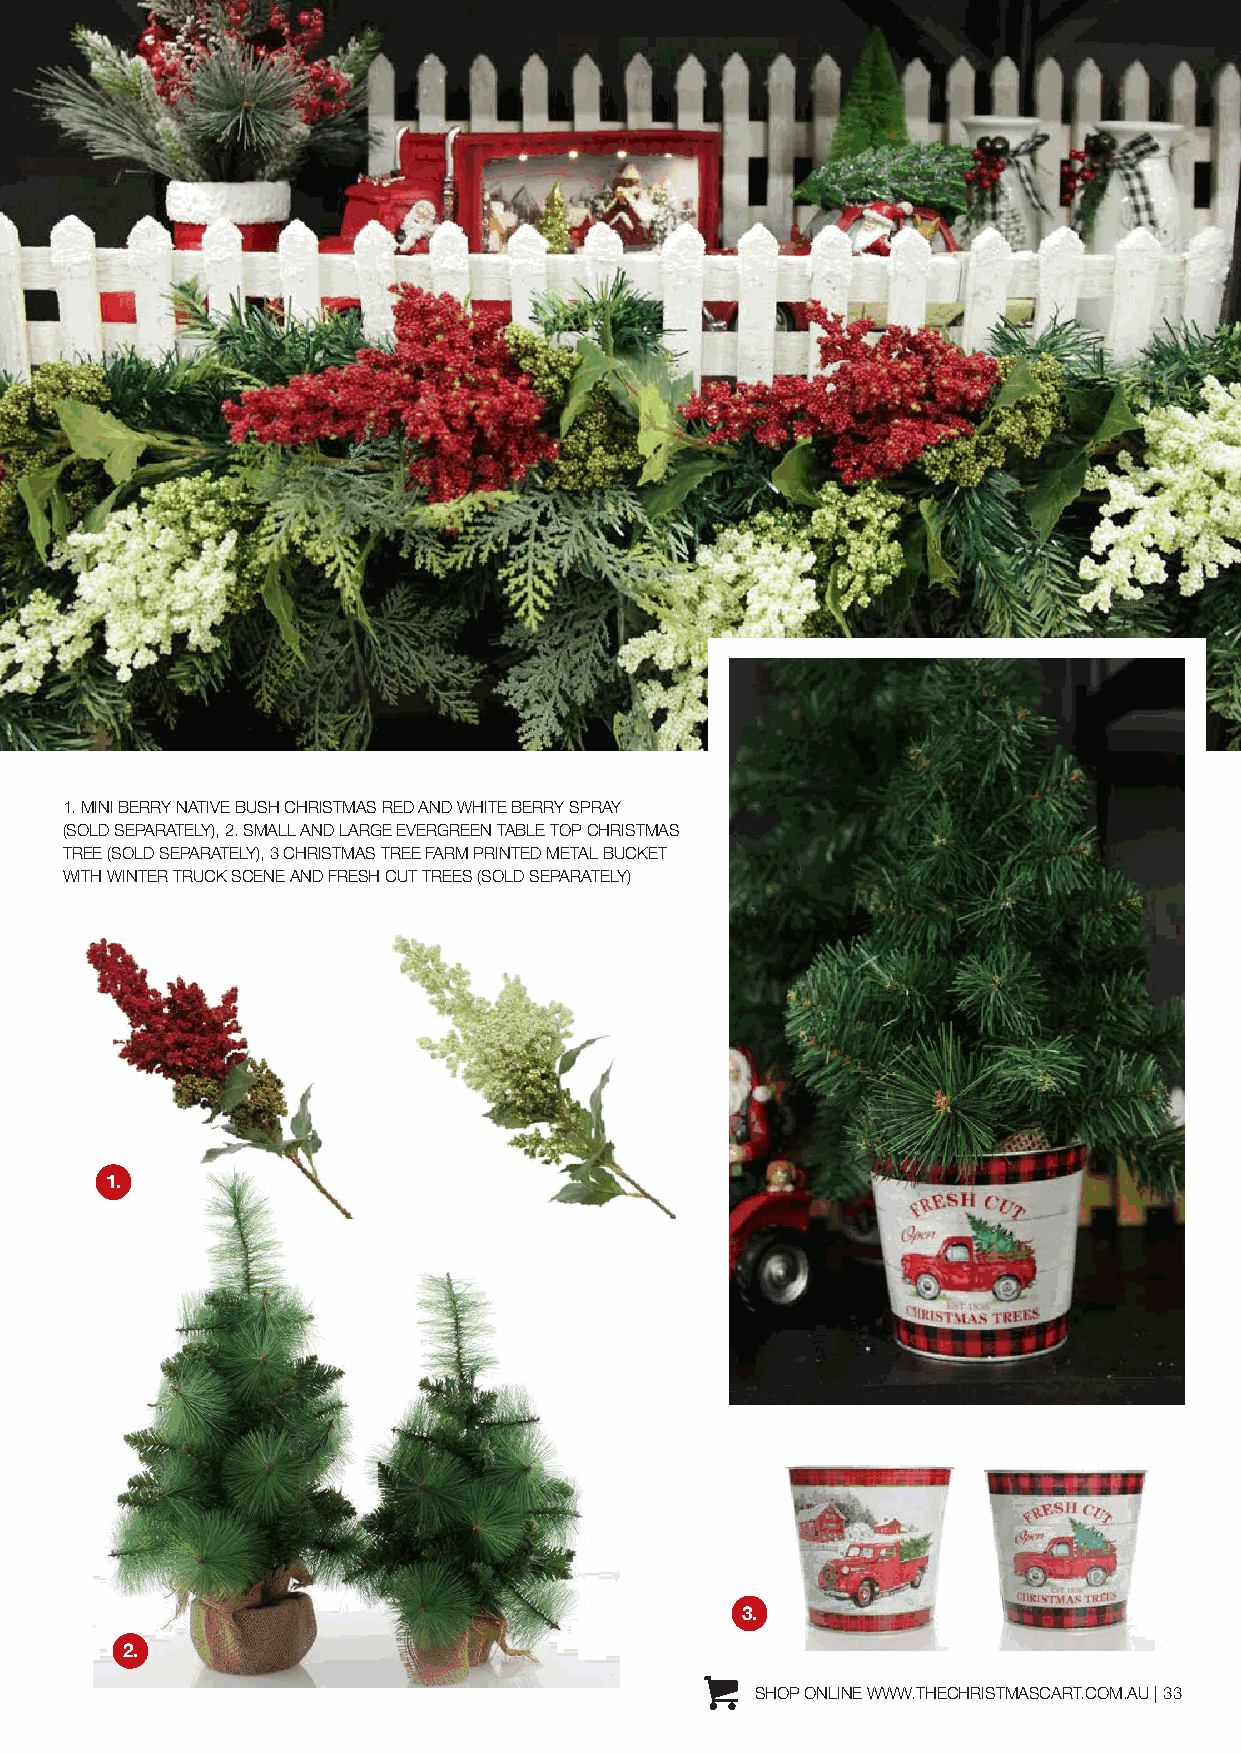
1. MINI BERRY NATIVE BUSH CHRISTMAS RED AND WHITE BERRY SPRAY
 (SOLD SEPARATELY), 2. SMALL AND LARGE EVERGREEN TABLE TOP CHRISTMAS
 TREE (SOLD SEPARATELY), 3 CHRISTMAS TREE FARM PRINTED METAL BUCKET
 WITH WINTER TRUCK SCENE AND FRESH CUT TREES (SOLD SEPARATELY)
 1.
 3.
 2.
 SHOP ONLINE WWW.THECHRISTMASCART.COM.AU | 33